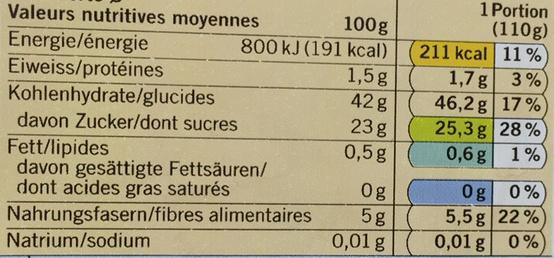
Valeurs nutritives moyennes
Energie/énergie Eiweiss/protéines
Kohlenhydrate/glucides
davon Zucker/dont sucres
100g
800 kJ (191 kcal)
1,5g
42 g
23 g
0,5 g
Fett/lipides
davon gesättigte Fettsäuren/ dont acides gras saturés Nahrungsfasern/fibres Natrium/sodium
alimentaires
Og
5g
0,01 g
1 Portion (110g)
11%)
211 kcal
1,7 g
46,2 g
25,3 g
0,6 g
3%)
0,01 g
17%
28%
1%
og
0%
5,5 g 22%
0%